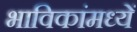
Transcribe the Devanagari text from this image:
भाविकांमध्यें